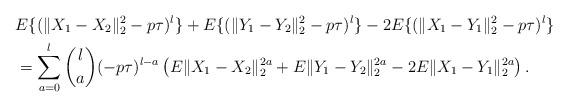
LaTeX: \begin{align*}&E\{(\|X_{1}-X_{2}\|_{2}^{2}-p\tau)^{l}\}+E\{(\|Y_{1}-Y_{2}\|_{2}^{2}-p\tau)^{l}\}-2E\{(\|X_{1}-Y_{1}\|_{2}^{2}-p\tau)^{l}\}\\&=\sum^{l}_{a=0}\binom{l}{a}(-p\tau)^{l-a}\left(E\|X_1- X_2\|^{2a}_2+E\|Y_1-Y_2\|^{2a}_2-2E\|X_1- Y_1\|^{2a}_2\right).\end{align*}